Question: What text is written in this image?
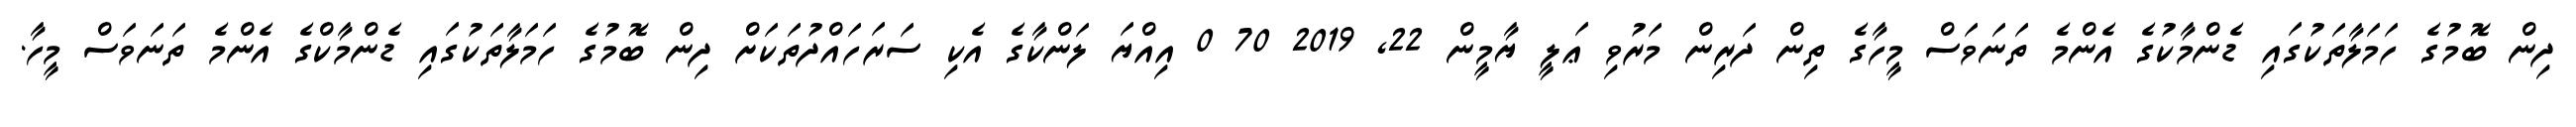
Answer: ދިން ބޮމުގެ ހަމަލާތަކުގައި ޑެންމާކުގެ އެންމެ ތަނަވަސް މީހާގެ ތިން ދަރިން މަރުވި ޢަލީ ޔާމީން 22, 2019 70 0 އިއްޔަ ލަންކާގެ އެކި ސަރަހައްދުތަކަށް ދިން ބޮމުގެ ހަމަލާތަކުގައި ޑެންމާކްގެ އެންމެ ތަނަވަސް މީހާ.